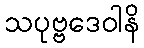
သပုဗ္ဗဒေဝါနိ